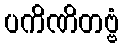
ပကိဏိတဗ္ဗံ